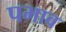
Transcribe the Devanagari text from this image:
पभाव